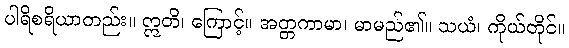
ပါရိစရိယာတည်း။ ဣတိ၊ ကြောင့်။ အတ္တကာမာ၊ မာမည်၏။ သယံ၊ ကိုယ်တိုင်။